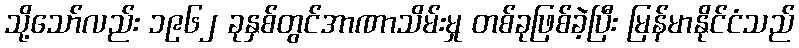
သို့သော်လည်း ၁၉၆၂ ခုနှစ်တွင်အာဏာသိမ်းမှု တစ်ခုဖြစ်ခဲ့ပြီး မြန်မာနိုင်ငံသည်